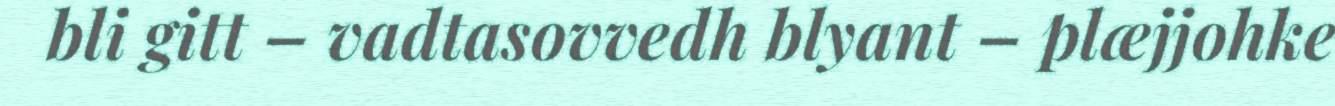
bli gitt – vadtasovvedh blyant – plæjjohke